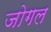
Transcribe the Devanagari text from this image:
जोगल